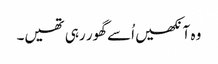
وہ آنکھیں اُسے گھور رہی تھیں۔